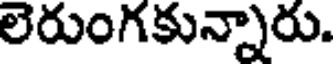
లెరుంగకున్నారు.